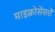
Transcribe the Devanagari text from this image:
माइक्रोसेंसरों